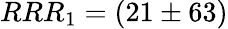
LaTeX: RRR_{1}=(21\pm 63)